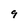
Character: 9